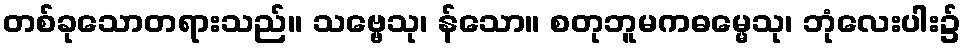
တစ်ခုသောတရားသည်။ သဗ္ဗေသု၊ န်သော။ စတုဘူမကဓမ္မေသု၊ ဘုံလေးပါး၌